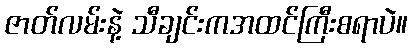
ဇာတ်လမ်းနဲ့ သီချင်းကအထင်ကြီးစရာပဲ။